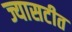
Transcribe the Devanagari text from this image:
ज्यासटीत